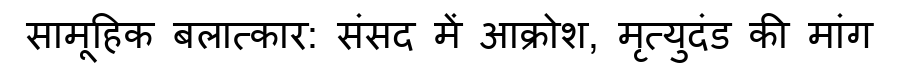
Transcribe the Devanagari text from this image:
सामूहिक बलात्कार: संसद में आक्रोश, मृत्युदंड की मांग